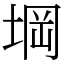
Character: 堈